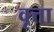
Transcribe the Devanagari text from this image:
वृत्ता